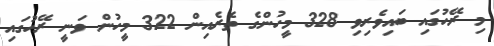
މި ރޭހުގައި ބައިވެރިވި 328 މީހުންގެ ތެރެއިން 322 މީހުން ވަނީ ރޭހުގައި